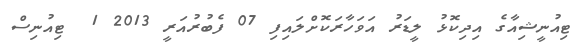
ޓިއުނީޝިއާގެ އިދިކޮޅު ލީޑަރު އަވަހާރަކޮށްލައިފި 07 ފެބުރުއަރީ 2013 1  ޓިއުނިސް